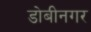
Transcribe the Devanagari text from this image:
डोबीनगर